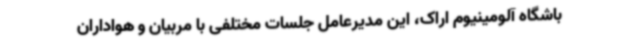
باشگاه آلومینیوم اراک، این مدیرعامل جلسات مختلفی با مربیان و هواداران